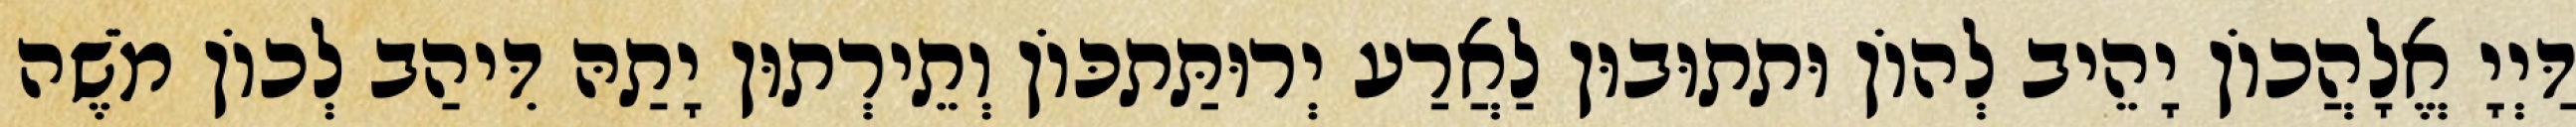
דַּיְיָ אֱלָהֲכוֹן יָהֵיב לְהוֹן וּתתוּבוּן לַאֲרַע יְרוּתַּתכּוֹן וְתֵירְתוּן יָתַהּ דִּיהַב לְכוֹן מֹשֶׁה